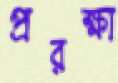
প্ররক্ষা